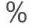
%